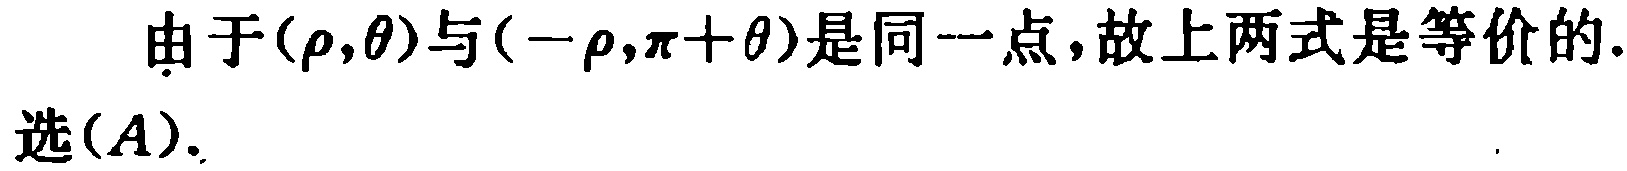
由于\((\rho,\theta)\)与\((-\rho,\pi + \theta)\)是同一点，故上两式是等价的.

选\((A)\).